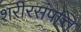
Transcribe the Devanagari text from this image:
शरीरसंपत्ति